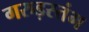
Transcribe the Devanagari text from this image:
गरुड़स्तंभ